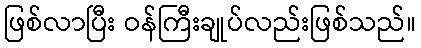
ဖြစ်လာပြီး ဝန်ကြီးချုပ်လည်းဖြစ်သည်။